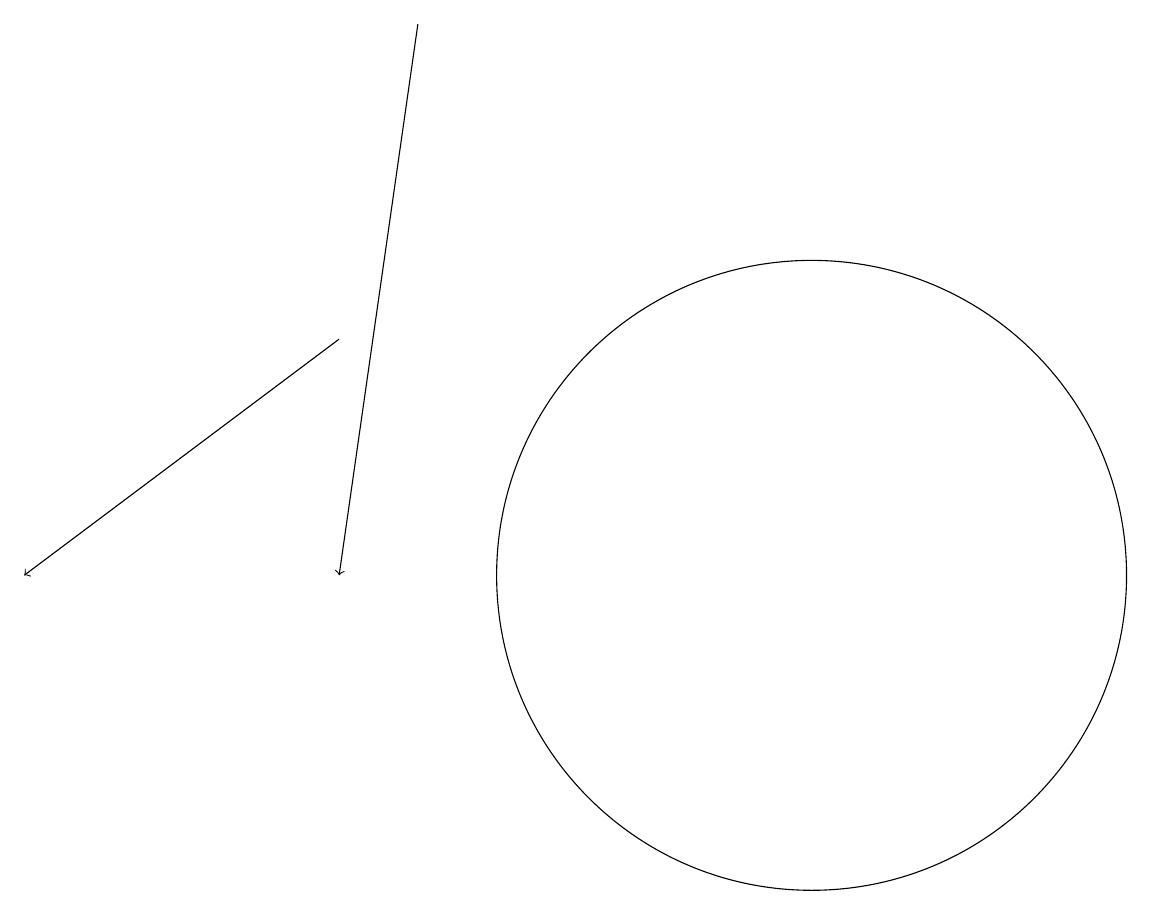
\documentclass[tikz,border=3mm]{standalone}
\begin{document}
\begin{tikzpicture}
\draw (10,11) circle (4);
\draw[->] (5,18) -- (4,11);
\draw[->] (4,14) -- (0,11);
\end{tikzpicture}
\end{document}